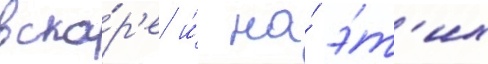
вско́р'е и́ на́ э́т'их